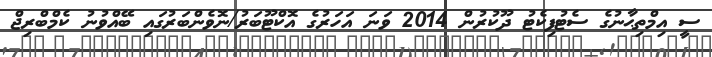
ސީ އިމްތިޙާނުގެ ސެޓުފިކެޓު ދޫކުރުން 2014 ވަނަ އަހަރުގެ އޮކްޓޫބަރު/ނޮވެންބަރުގައި ބޭއްވުނު ކެމްބްރިޖް